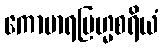
ကောမာရဗြဟ္မစရိယံ